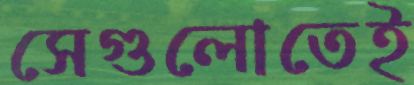
সেগুলোতেই